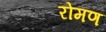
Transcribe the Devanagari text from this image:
रोमण